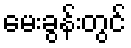
မေးခွန်းတွင်